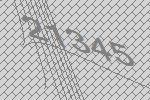
21345